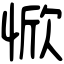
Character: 惞